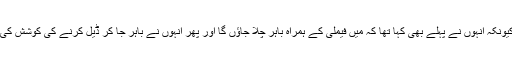
کیونکہ انہوں نے پہلے بھی کہا تھا کہ میں فیملی کے ہمراہ باہر چلا جاؤں گا اور پھر انہوں نے باہر جا کر ڈیل کرنے کی کوشش کی۔